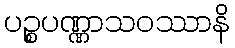
ပဉ္စပဏ္ဏာသဝဿာနိ